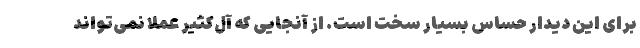
برای این دیدار حساس بسیار سخت است. از آنجایی که آل‌کثیر عملا نمی‌تواند